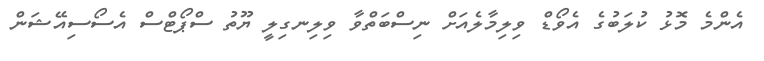
އެންމެ މޮޅު ކުލަބުގެ އެވޯޑް ވިލިމާލެއަށް ނިސްބަތްވާ ވިލިނގިލީ ޔޫތު ސްޕޯޓްސް އެސޯސިއޭޝަން